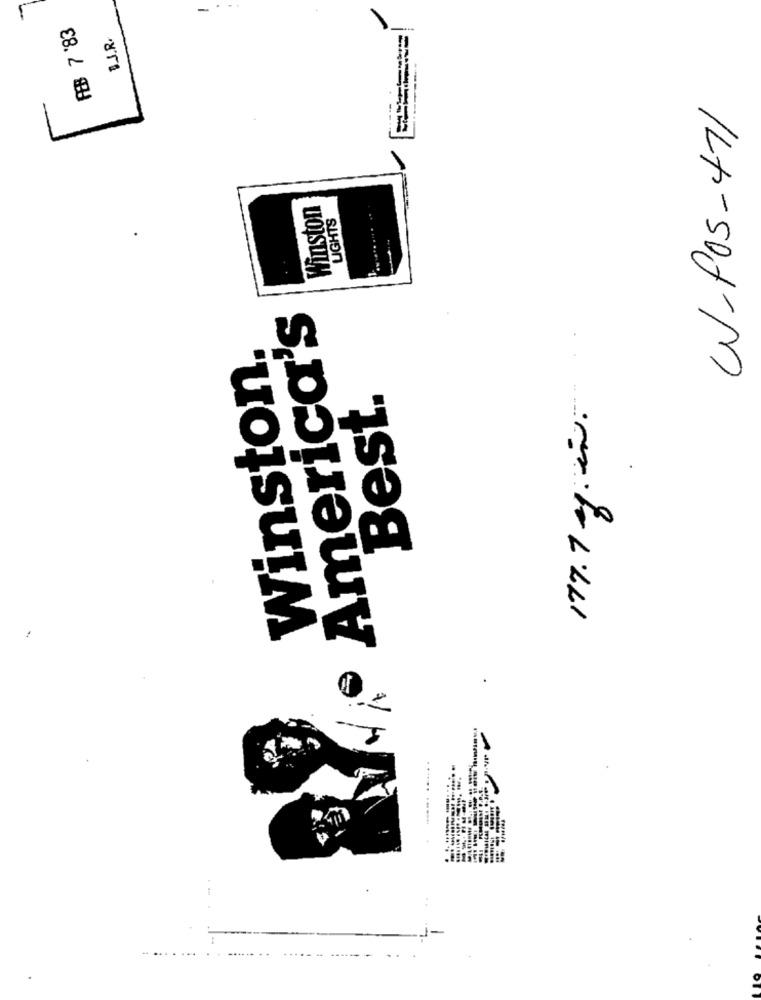
-
ABB 7 '83
B.J.R.
W.Po5-471
Winston
LIGHTS
America's
177.7 .en.
Winston.
Best.
..... ....